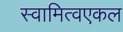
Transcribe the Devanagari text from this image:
स्वामित्वएकल